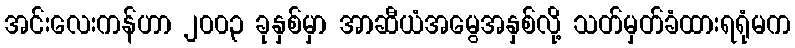
အင်းလေးကန်ဟာ ၂၀၀၃ ခုနှစ်မှာ အာဆီယံအမွေအနှစ်လို့ သတ်မှတ်ခံထားရရုံမက